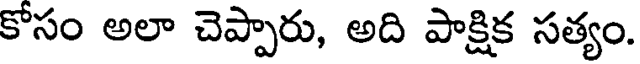
కోసం అలా చెప్పారు, అది పాక్షిక సత్యం.